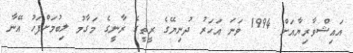
އައިޝްވާރިޔާއަށް 1994 ވަނަ އަހަރު ދުނިޔޭގެ ރީތީގެ ރާނީގެ މަގާމު ލިބުމަށްފަހު އޭނާ